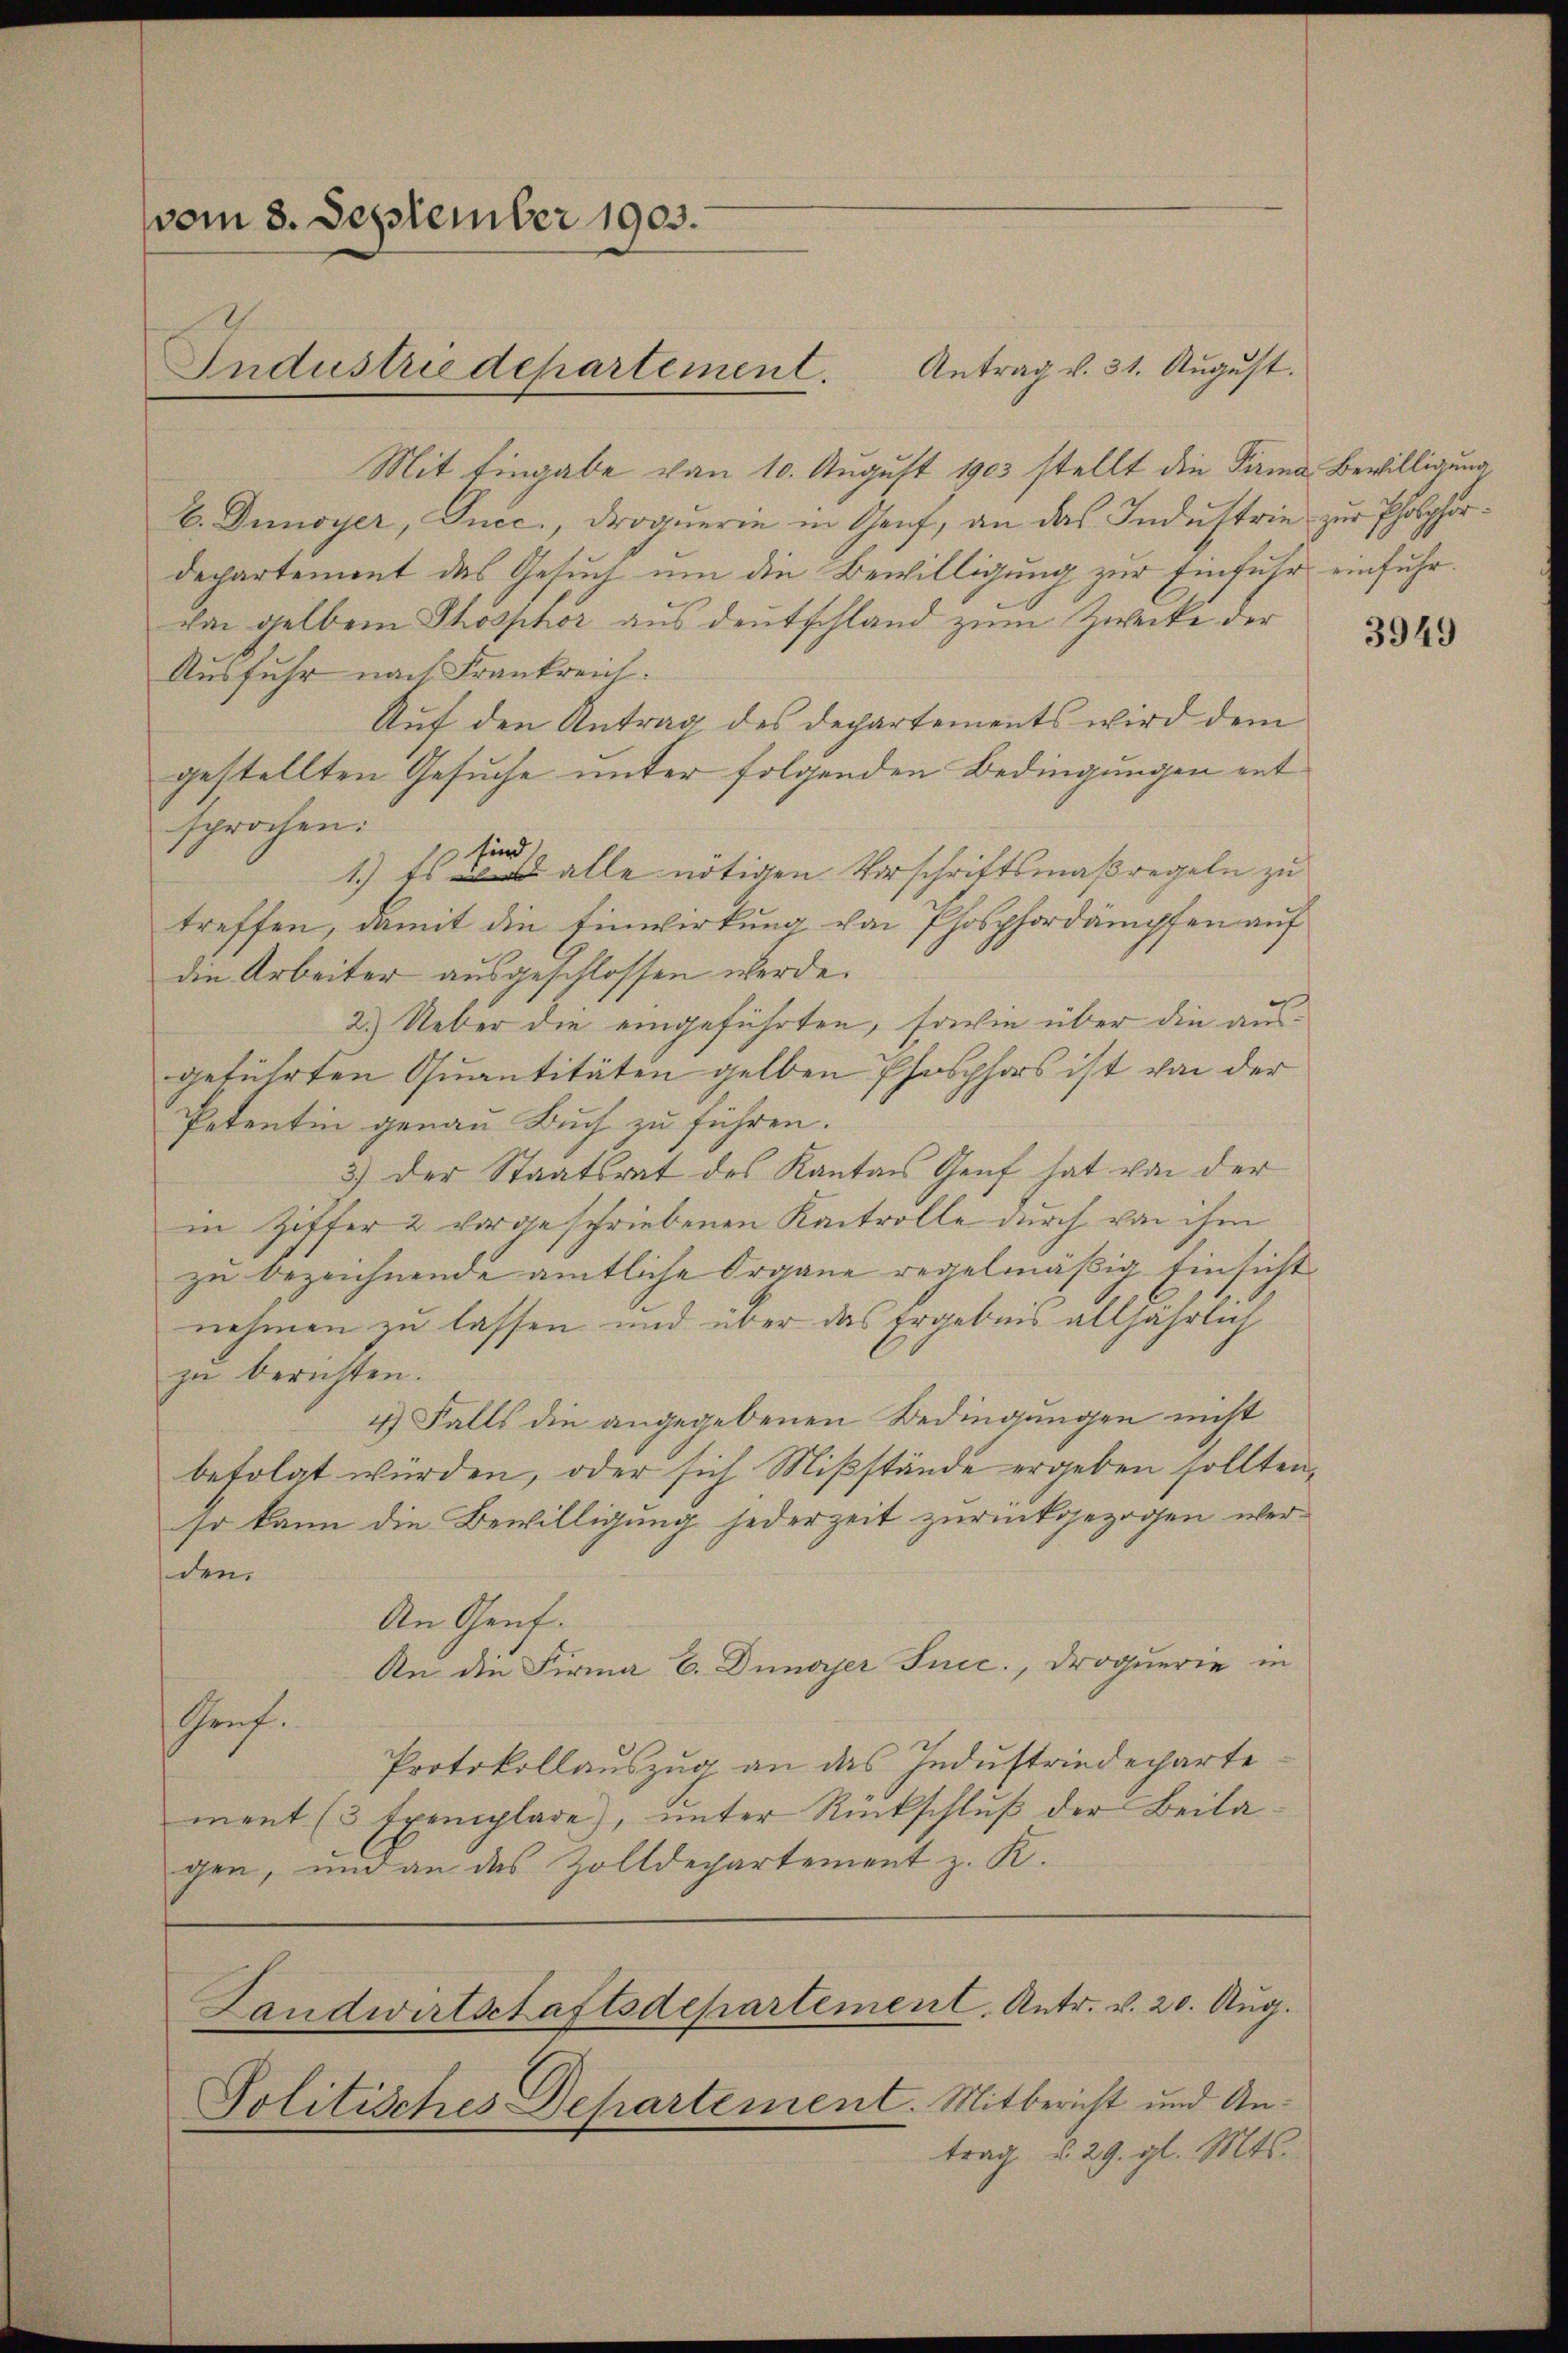
vom 3. September 1903.
Industriedepartement.

Antrag v. 31. August.
Mit Eingabe von 10. August 1903 stellt die Firma Bewilligung
b. Denoyer, Ducc. Droquerin in Genf, an das Industrie zur Pholphordepartement das Gesuch um die Bewilligung zur Einfuhr einfuhrdon gelben Phosphor aus deutschland zum Zwecke der
Ausfuhr nach Frankreich.
Auf den Antrag des Departements wird dem
gestellten Gesuche unter folgenden Bedingungen entsprochen.
sind
1.) Es alle nötigen Vorschriftsmaßregeln zu
treffen, damit die Einwirkung von Phosphordämpfen auf
die Arbeiter ausgeschlossen werde.
2.) Ueber die eingeführten, sowie über die ausgeführten Quantitäten gelben Phosphors ist von der
Petentin genau Buch zu führen.
3) der Staatsrat des Kantons Genf hat von der
in Ziffer 2 vorgeschriebenen Kantrolle durch von ihm
zu bezeichnende amtliche Organe regelmäßig Einsicht
nehmen zu lassen und über das Ergebnis alljährlich
zu berichten.
4) Falls die angegebenen Bedingungen nicht
befolgt würden, oder sich Mißstände ergeben sollten,
so kann die Bewilligung jederzeit zurückgezogen werden.
An Genf.
An die Firma C. Dunajer Succ., Droquerie in
Graf.
Protokollauszug an das Industriedeparte
ment (3 Exemplare), unter Rückschlŭβ der Beilagen, und an das Zolldepartement z. K.

trag §. 29. gl. Mts.

Landwirtschaftsdepartement. Antr. v. 20. Aug.
Politisches Departement. Mitbericht und An¬

3949